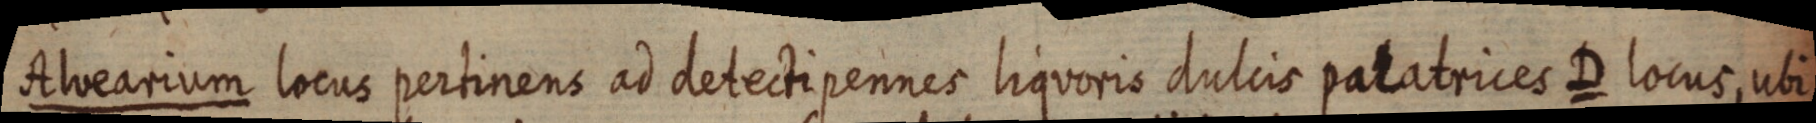
Alvearium locus pertinens ad detecti pennes liquoris dulcis palatrices D locus, ubi